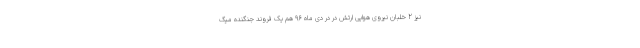
نیز 2 خلبان نیروی هوایی ارتش در در دی ماه 96 هم یک فروند جنگنده میگ